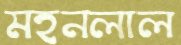
মহনলাল